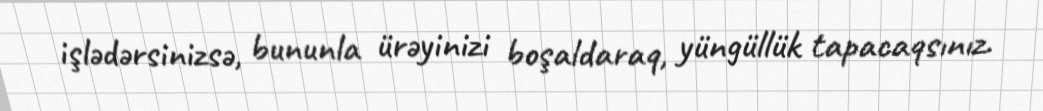
işlədərsinizsə, bununla ürəyinizi boşaldaraq, yüngüllük tapacaqsınız.